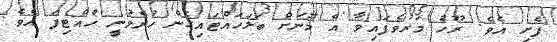
ފެށި އެވެ. ރޫހު މަރުވެފައިވާ އެ މޫނަށް ބަލަހައްޓައިގެން ހުރެވުނީ ހުއްޓިފަ އެވެ.